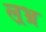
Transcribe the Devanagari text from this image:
ल्रभ्र